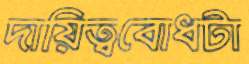
দায়িত্ববোধটা